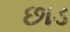
છાડ